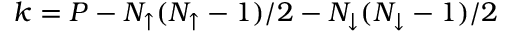
k = P - N _ { \uparrow } ( N _ { \uparrow } - 1 ) / 2 - N _ { \downarrow } ( N _ { \downarrow } - 1 ) / 2